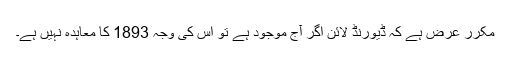
مکرر عرض ہے کہ ڈیورنڈ لائن اگر آج موجود ہے تو اس کی وجہ 1893 کا معاہدہ نہیں ہے۔